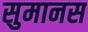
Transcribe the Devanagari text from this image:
सुमानस